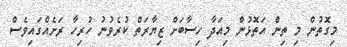
މިގޮތުން މި ތިން އަތޮޅުން މިއަދާ ހިސާބަށް ޒިޔާރަތް ކުރެވުނު ހުރިހާ ރަށެއްގައިވެސް